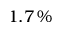
1 . 7 \, \%